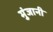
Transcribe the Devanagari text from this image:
मुंजानी